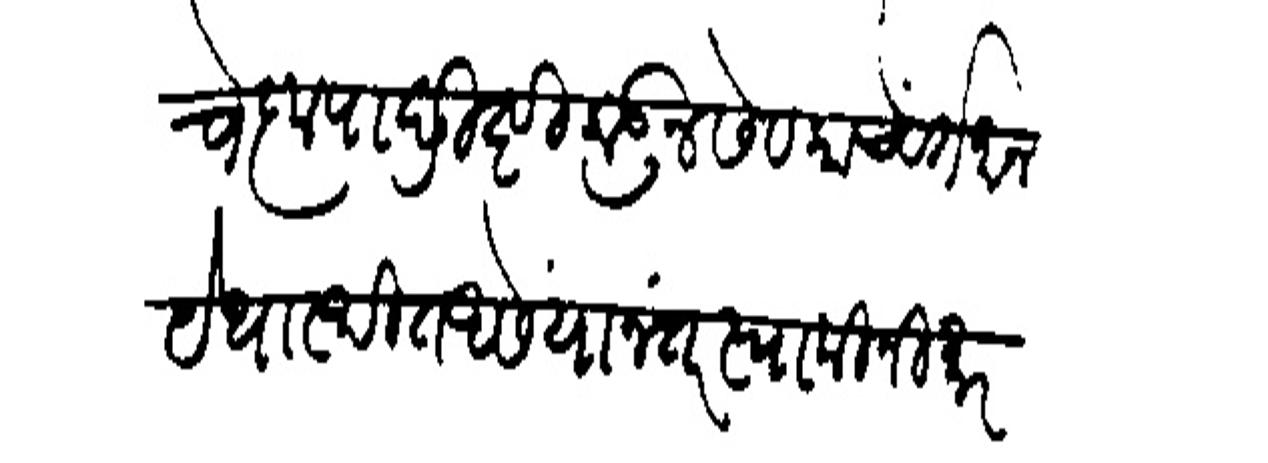
Transliteration (Devanagari): वे कृपादृष्टीकडून सेदका्चे वर्तंमान येथास्थित असे यानंतर स्वामीनी मारवाडची